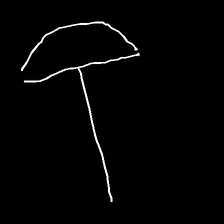
Glyph: dispersion